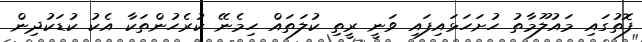
ފޮތުގައި މައުލޫމާތު ހުށަހަޅައިފައި ވަނީ ރީތި ކުލަތައް ހިމެނޭ ކުރެހުންތަކާ އެކު ކުޑަކުދިން